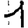
Digit: 1